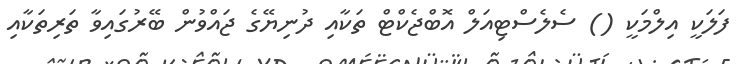
ފަލަކީ އިލްމަކީ () ސެލެސްޓިއަލް އޮބްޖެކްޓް ތަކާއި ދުނިޔޭގެ ޖައްވުން ބޭރުގައިވާ ތަރިތަކާއި